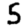
Digit: 5